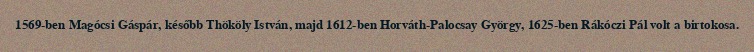
1569-ben Magócsi Gáspár, később Thököly István, majd 1612-ben Horváth-Palocsay György, 1625-ben Rákóczi Pál volt a birtokosa.